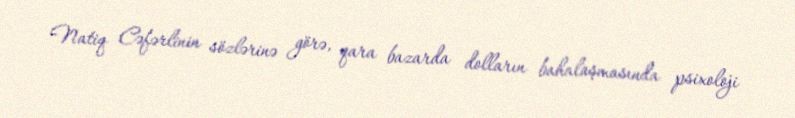
Natiq Cəfərlinin sözlərinə görə, qara bazarda dolların bahalaşmasında psixoloji